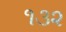
૧૩૨